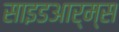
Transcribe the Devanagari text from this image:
साइडआर्म्स